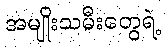
အမျိုးသမီးတွေရဲ့